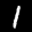
Label: 1